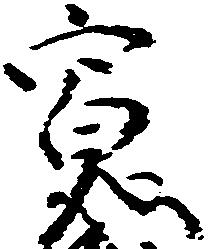
寛